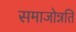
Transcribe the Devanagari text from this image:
समाजोन्नति